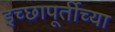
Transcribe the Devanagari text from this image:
इच्छापूर्तीच्या